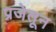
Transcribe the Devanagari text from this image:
प्रजेतून